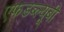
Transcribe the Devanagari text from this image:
एफडब्ल्यूबी